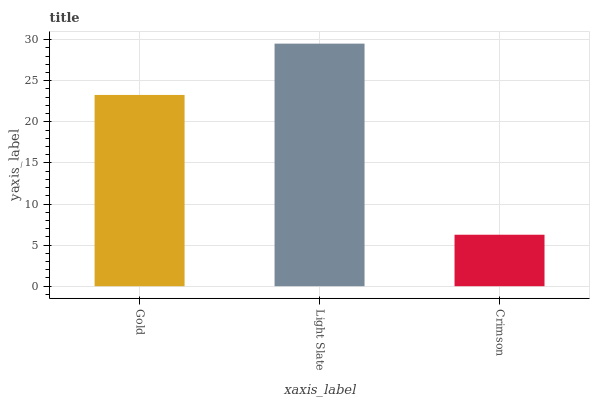
| xaxis_label | bars |
 | --- | --- |
 | Gold | 23.3 |
 | Light Slate | 29.5 |
 | Crimson | 6.26 |